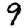
Digit: 9